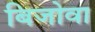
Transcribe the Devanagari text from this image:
बिजोवा